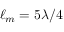
\ell _ { m } = 5 \lambda / 4